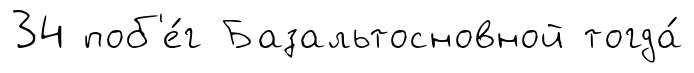
34 поб'е́г Базальтосновной тогда́